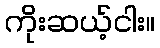
ကိုးဆယ့်ငါး။